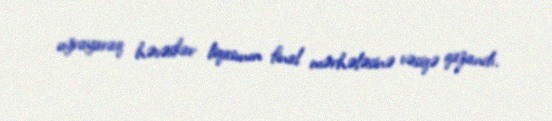
uğrayaraq həvəskar liqasının final mərhələsinə vəsiqə qazandı.